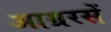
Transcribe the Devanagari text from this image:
आम्ररसें